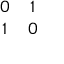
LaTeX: \begin{array} { c c } { { 0 } } & { { 1 } } \\ { { 1 } } & { { 0 } } \end{array}